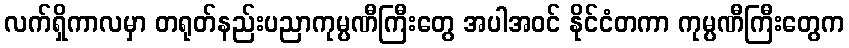
လက်ရှိကာလမှာ တရုတ်နည်းပညာကုမ္ပဏီကြီးတွေ အပါအဝင် နိုင်ငံတကာ ကုမ္ပဏီကြီးတွေက